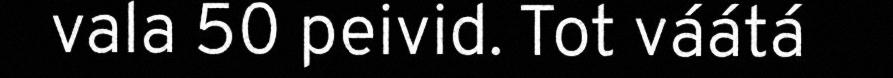
vala 50 peivid. Tot váátá